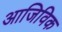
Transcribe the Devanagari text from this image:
आजिविक